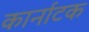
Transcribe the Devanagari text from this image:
कार्नाटक